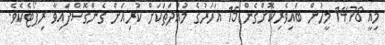
މިއީ 1478 މީހުން ބައިވެރިކޮށްގެން 15 އަހަރުގެ މުއްދަތަކަށް ކުރިއަށް ގެންގޮސްފައިވާ ރިޕޯޓެކެވެ.